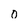
Character: 0